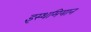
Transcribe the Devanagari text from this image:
इस्थमियान